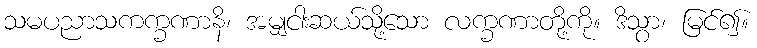
သမပညာသကက္ခဏာနိ၊ အမျှငါးဆယ်သို့သော လက္ခဏာတို့ကို။ ဒိသွာ၊ မြင်၍။